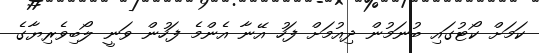
ކަމަށް ކޯޓުގައި ބުނަމުން ދިއުމަށް ފަހު އޭނާ އެންމެ ފަހުން ވަނީ ލޯބިވެރިޔާގެ